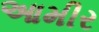
આમીર